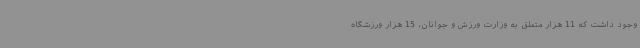
وجود داشت که 11 هزار متعلق به وزارت ورزش و جوانان، 15 هزار ورزشگاه